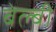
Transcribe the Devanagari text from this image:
बेल्बी